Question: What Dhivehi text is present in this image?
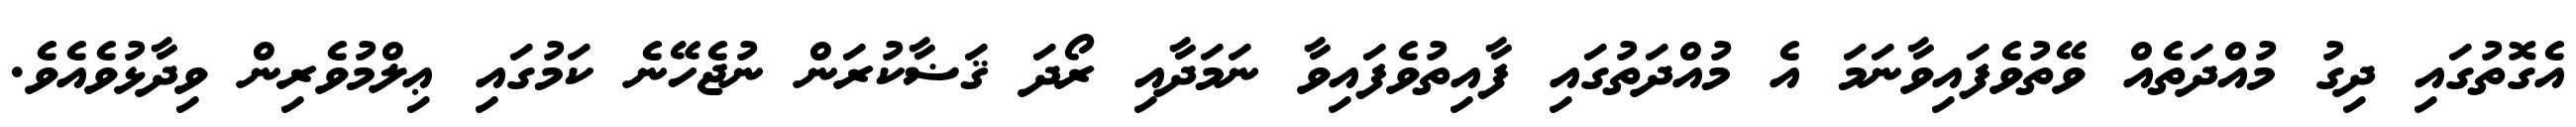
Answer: އެގޮތުގައި ދިގު މުއްދަތެއް ވޭތުވެފައިވާނަމަ އެ މުއްދަތުގައި ފާއިތުވެފައިވާ ނަމަދާއި ރޯދަ ޤަޟާކުރަން ނުޖެހޭނެ ކަމުގައި ޢިލްމުވެރިން ވިދާޅުވެއެވެ.